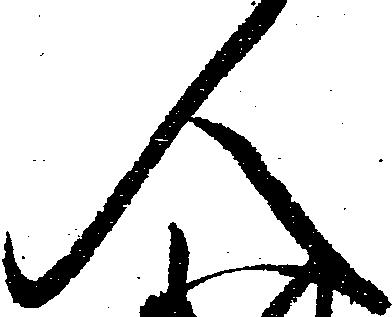
人